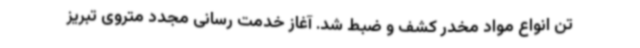
تن انواع مواد مخدر کشف و ضبط شد. آغاز خدمت رسانی مجدد متروی تبریز